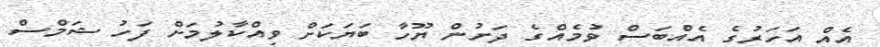
އެއް އަހަރުގެ އެއްބަސް ވުމެއްގެ ދަށުން ޔޫހާ ބަޔަކަށް ވިއްކާލުމަށް ފަހު ޝަމްސް